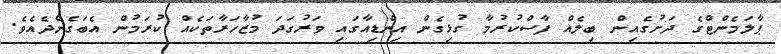
ޕާލަމެންޓްގެ ދަށުގެއިން ބިލެއް ފާސްކުރުމާ ގުޅިގެން އިންޑިއާގައި ވަރުގަދަ މުޒާހަރާތަކެއް ކުރަމުން އެބަގެންދެއެވެ.